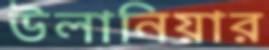
উলানিয়ার